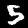
Label: 5